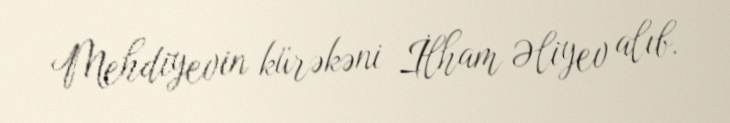
Mehdiyevin kürəkəni İlham Əliyev alıb.